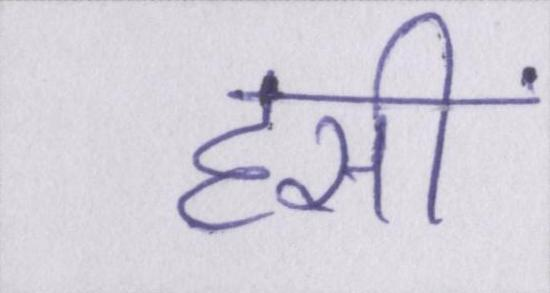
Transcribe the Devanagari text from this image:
हसीं